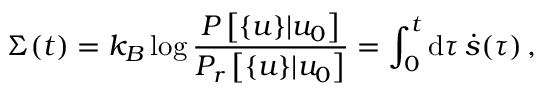
\Sigma ( t ) = k _ { B } \log \frac { P \left[ \{ u \} | u _ { 0 } \right] } { P _ { r } \left[ \{ u \} | u _ { 0 } \right] } = \int _ { 0 } ^ { t } \mathrm { d } \tau \, \dot { s } ( \tau ) \, ,